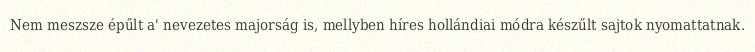
Nem meszsze épűlt a' nevezetes majorság is, mellyben híres hollándiai módra készűlt sajtok nyomattatnak.